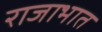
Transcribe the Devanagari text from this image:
राजाभात